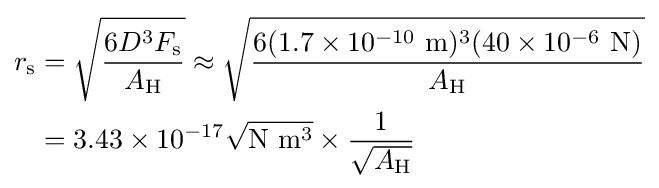
{\begin{aligned}r_{\mathrm {s} }&={\sqrt {\frac {6D^{3}F_{\mathrm {s} }}{A_{\mathrm {H} }}}}\approx {\sqrt {\frac {6(1.7\times 10^{-10}\ \mathrm {m} )^{3}(40\times 10^{-6}\ \mathrm {N} )}{A_{\mathrm {H} }}}}\\&=3.43\times 10^{-17}{\sqrt {\mathrm {N\ m^{3}} }}\times {\frac {1}{\sqrt {A_{\mathrm {H} }}}}\end{aligned}}